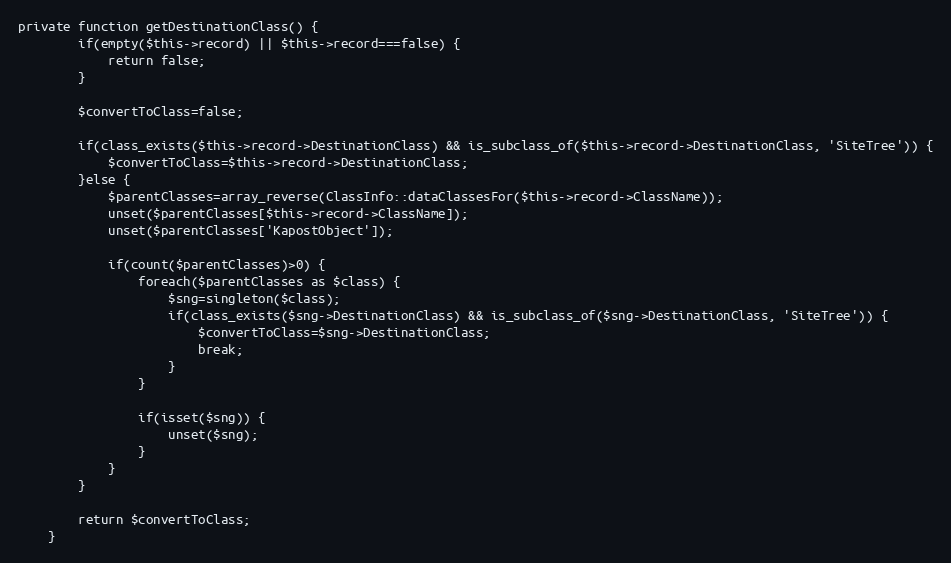
Language: PHP
private function getDestinationClass() {
        if(empty($this->record) || $this->record===false) {
            return false;
        }

        $convertToClass=false;

        if(class_exists($this->record->DestinationClass) && is_subclass_of($this->record->DestinationClass, 'SiteTree')) {
            $convertToClass=$this->record->DestinationClass;
        }else {
            $parentClasses=array_reverse(ClassInfo::dataClassesFor($this->record->ClassName));
            unset($parentClasses[$this->record->ClassName]);
            unset($parentClasses['KapostObject']);

            if(count($parentClasses)>0) {
                foreach($parentClasses as $class) {
                    $sng=singleton($class);
                    if(class_exists($sng->DestinationClass) && is_subclass_of($sng->DestinationClass, 'SiteTree')) {
                        $convertToClass=$sng->DestinationClass;
                        break;
                    }
                }

                if(isset($sng)) {
                    unset($sng);
                }
            }
        }

        return $convertToClass;
    }